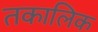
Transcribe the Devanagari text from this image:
तकालिक